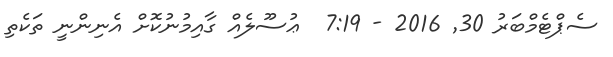
ސެޕްޓެމްބަރު 30